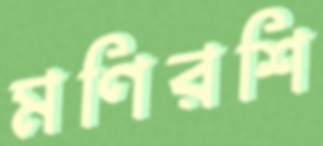
মণিরশি